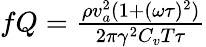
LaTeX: \begin{array}{r}{fQ=\frac{\rho v_{a}^{2}(1+(\omega\tau)^{2})}{2\pi\gamma^{2}C_{v}T\tau}}\end{array}